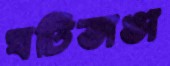
ঘটিভাঙা